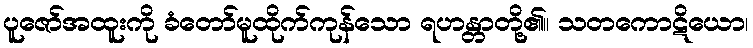
ပူဇော်အထူးကို ခံတော်မူထိုက်ကုန်သော ရဟန္တာတို့၏။ သတကောဋိယော၊